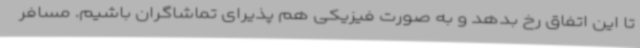
تا این اتفاق رخ بدهد و به صورت فیزیکی هم پذیرای تماشاگران باشیم. مسافر